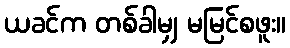
ယခင်က တစ်ခါမျှ မမြင်စဖူး။